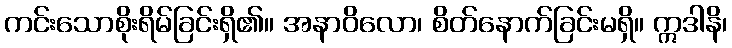
ကင်းသောစိုးရိမ်ခြင်းရှိ၏။ အနာဝိလော၊ စိတ်နောက်ခြင်းမရှိ။ ဣဒါနိ၊